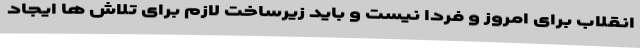
انقلاب برای امروز و فردا نیست و باید زیرساخت لازم برای تلاش ها ایجاد